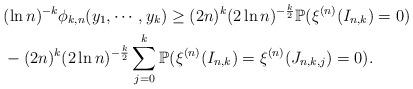
LaTeX: \begin{align*}&(\ln n)^{-k}\phi_{k,n}(y_1,\cdots,y_k)\geq (2n)^k(2\ln n)^{-\frac{k}{2}}\mathbb{P}(\xi^{(n)}(I_{n,k})=0)\\ &-(2n)^k(2\ln n)^{-\frac{k}{2}}\sum_{j=0}^k\mathbb{P}(\xi^{(n)}(I_{n,k})=\xi^{(n)}(J_{n,k,j})=0).\end{align*}